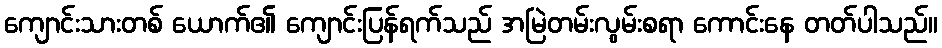
ကျောင်းသားတစ် ယောက်၏ ကျောင်းပြန်ရက်သည် အမြဲတမ်းလွမ်းစရာ ကောင်းနေ တတ်ပါသည်။